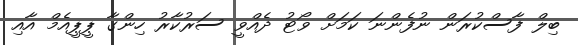
ބިލް ފާސްކުރަން ނުފެންނަ ކަމަށް ވޯޓު ދެއްވީ ސަރުކާރު ހިންގާ ޕީޕީއެމް އާއި